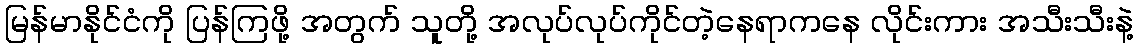
မြန်မာနိုင်ငံကို ပြန်ကြဖို့ အတွက် သူတို့ အလုပ်လုပ်ကိုင်တဲ့နေရာကနေ လိုင်းကား အသီးသီးနဲ့